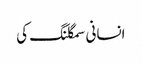
انسانی سمگلنگ کی